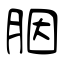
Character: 胭